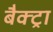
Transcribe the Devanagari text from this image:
बैक्ट्रा